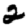
Digit: 2